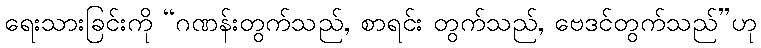
ရေးသားခြင်းကို “ဂဏန်းတွက်သည်, စာရင်း တွက်သည်, ဗေဒင်တွက်သည်”ဟု